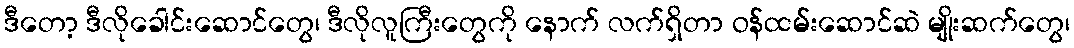
ဒီတော့ ဒီလိုခေါင်းဆောင်တွေ၊ ဒီလိုလူကြီးတွေကို နောက် လက်ရှိတာ ဝန်ထမ်းဆောင်ဆဲ မျိုးဆက်တွေ၊